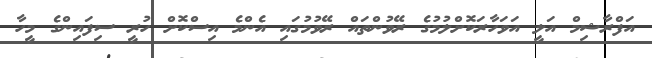
އަފްރާޝިމް އަލީ އަވަހާރަކޮށްލުމުގެ ރޭވުންތައް ރޭވުމުގައި އެންމެ އިސްކޮށް ހުރީ ސިފައިންގެ މީހާ